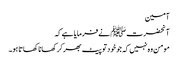
آمین
آنحضرت ﷺ نے فرمایا ہے کہ
مومن وہ نہیں کہ جو خودتو پیٹ بھرکر کھانا کھاتا ہو۔